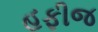
હફીજ